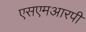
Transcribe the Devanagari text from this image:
एसएमआरपी